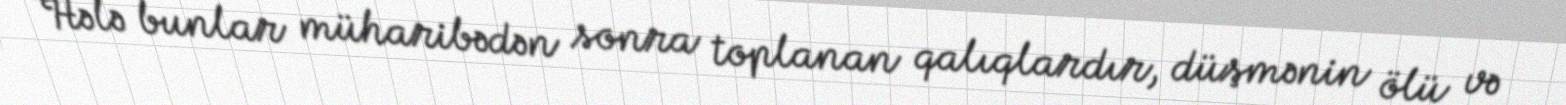
Hələ bunlar müharibədən sonra toplanan qalıqlardır, düşmənin ölü və